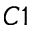
C 1